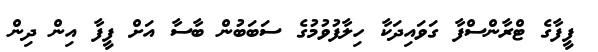
ފީފާގެ ޓްރާންސްފާ ގަވައިދަކާ ހިލާފުވުމުގެ ސަބަބުން ބާސާ އަށް ފީފާ އިން ދިން